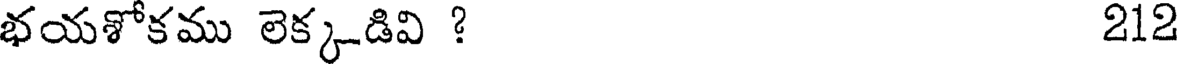
భయశోకము లెక్కడివి ? 212